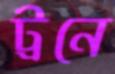
ট্রনে